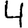
Digit: 4